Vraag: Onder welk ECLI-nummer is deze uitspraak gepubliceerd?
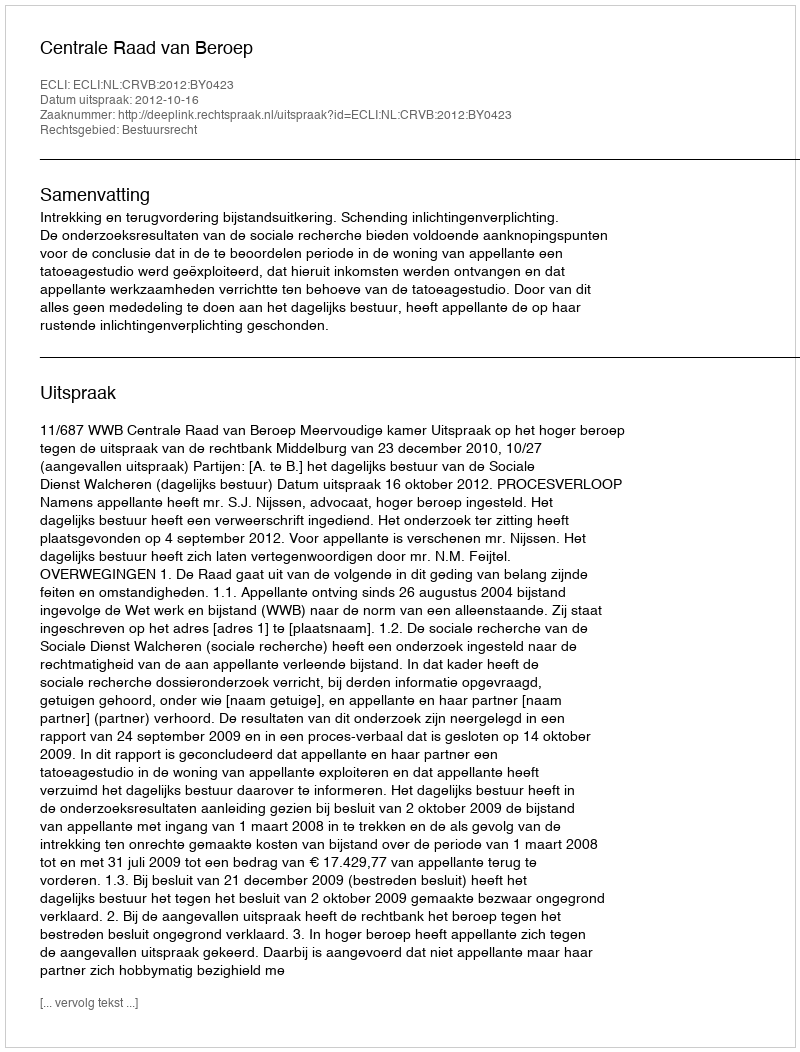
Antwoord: ECLI:NL:CRVB:2012:BY0423